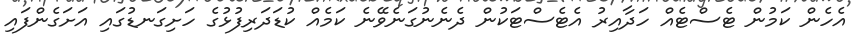
އެހެން ކަމުން ޓެސްޓެއް ހަދާއިރު އެޓެސްޓަކުން ދެނެނުގަނެވޭނެ ކަމެއް ކުޑަދަރިފުޅުގެ ހަށިގަނޑުގައި އަށަގެންފައި